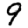
Digit: 9